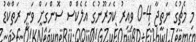
މި މެޗުގެ ނަތީޖާ 4-0 ވިއިރު ކެމަރޫނުގެ އެލެކްސް ސޮންގަށް ވަނީ ރަތްކާޑު